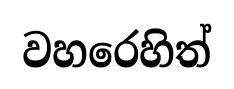
වහරෙහිත්